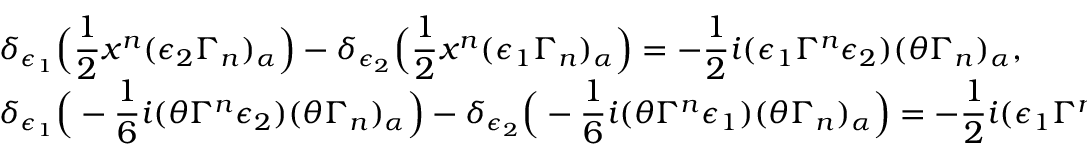
\begin{array} { l } { { \delta _ { \epsilon _ { 1 } } \Big ( \displaystyle \frac 1 2 x ^ { n } ( \epsilon _ { 2 } \Gamma _ { n } ) _ { \alpha } \Big ) - \delta _ { \epsilon _ { 2 } } \Big ( \frac 1 2 x ^ { n } ( \epsilon _ { 1 } \Gamma _ { n } ) _ { \alpha } \Big ) = - \frac 1 2 i ( \epsilon _ { 1 } \Gamma ^ { n } \epsilon _ { 2 } ) ( \theta \Gamma _ { n } ) _ { \alpha } , } } \\ { { \delta _ { \epsilon _ { 1 } } \Big ( - \displaystyle \frac 1 6 i ( \theta \Gamma ^ { n } \epsilon _ { 2 } ) ( \theta \Gamma _ { n } ) _ { \alpha } \Big ) - \delta _ { \epsilon _ { 2 } } \Big ( - \frac 1 6 i ( \theta \Gamma ^ { n } \epsilon _ { 1 } ) ( \theta \Gamma _ { n } ) _ { \alpha } \Big ) = - \frac 1 2 i ( \epsilon _ { 1 } \Gamma ^ { n } \epsilon _ { 2 } ) ( \theta \Gamma _ { n } ) _ { \alpha } , } } \end{array}